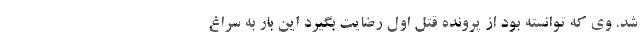
شد. وی که توانسته بود از پرونده قتل اول رضایت بگیرد این بار به سراغ